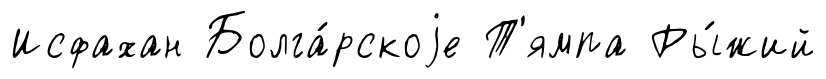
Исфахан Болга́рскоjе Т'ямпа Ры́жий